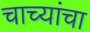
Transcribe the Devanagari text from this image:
चाच्यांचा